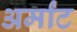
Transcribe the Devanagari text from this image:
अर्मांट